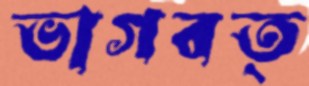
ভাগবত্